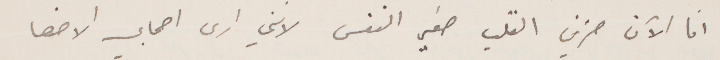
انا الآن حزين القلب صغير النفس لانني أرى اصحابي الاحق